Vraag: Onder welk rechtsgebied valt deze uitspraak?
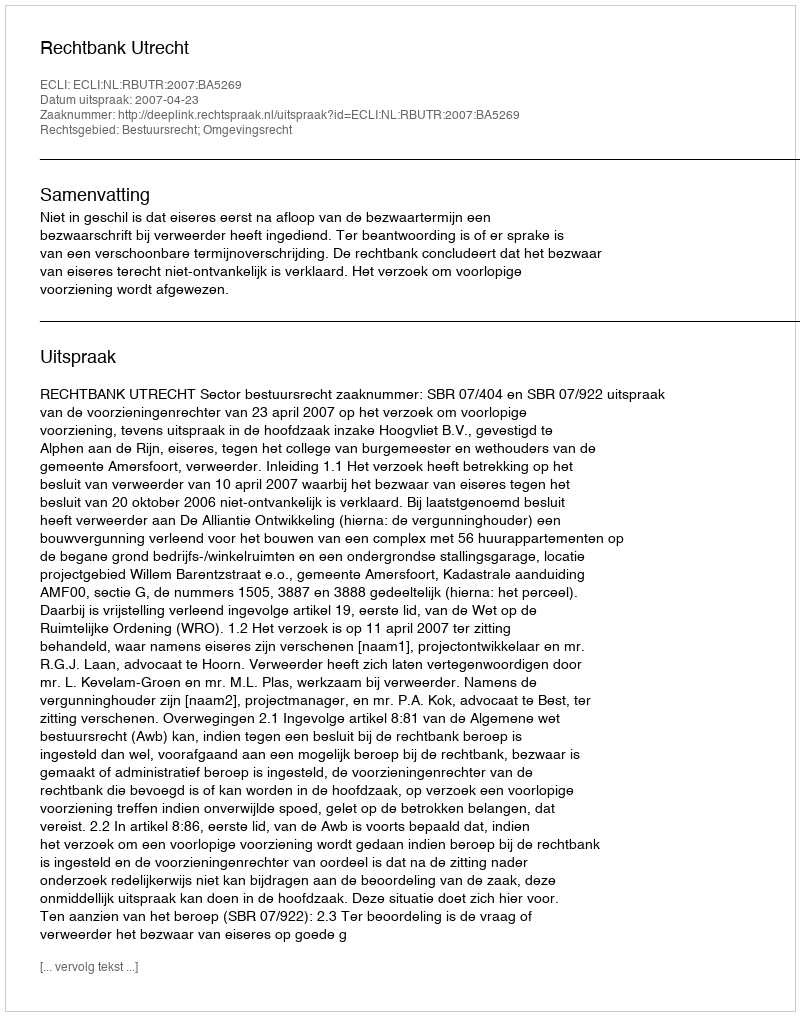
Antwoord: Bestuursrecht; Omgevingsrecht